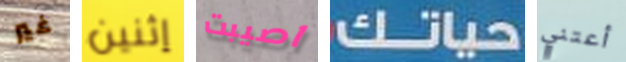
غير إثنين اصيبت حياتك أعتني